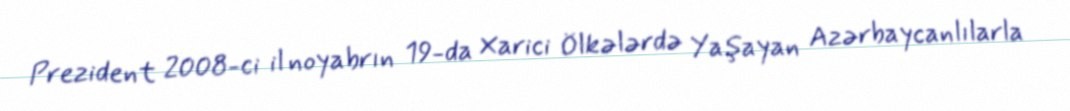
Prezident 2008-ci il noyabrın 19-da Xarici Ölkələrdə Yaşayan Azərbaycanlılarla